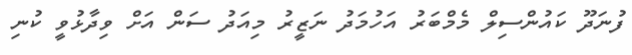
ފުނަދޫ ކައުންސިލް މެމްބަރު އަހުމަދު ނަޒީރު މިއަދު ސަން އަށް ވިދާޅުވީ ކުނި